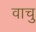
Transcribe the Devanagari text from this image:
वाचु